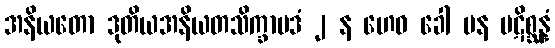
အနိယတော ဒုတိယအနိယတသိက္ခာပဒံ ၂ န ဟေဝ ခေါ ပန ပဋိစ္ဆန္နံ